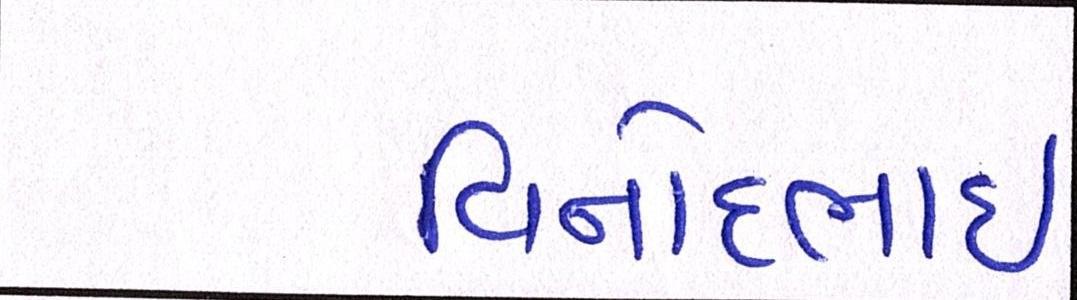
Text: વિનોદભાઈ